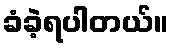
ခံခဲ့ရပါတယ်။